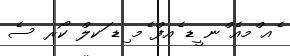
ެއ ްމއެ ްނ ީޑ ެއފް ެމ ިޑ ަކލް ކޯރ ސެ